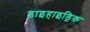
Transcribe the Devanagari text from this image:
डाइहाइड्रिक